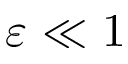
\varepsilon \ll 1